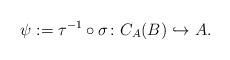
LaTeX: \begin{align*} \psi := \tau^{-1} \circ \sigma \colon C_A(B) \hookrightarrow A.\end{align*}